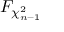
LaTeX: F _ { \chi _ { n - 1 } ^ { 2 } }